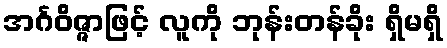
အင်္ဂဝိဇ္ဇာဖြင့် လူကို ဘုန်းတန်ခိုး ရှိမရှိ